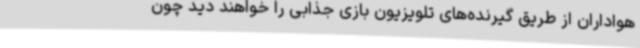
هواداران از طریق گیرنده‌های تلویزیون بازی جذابی را خواهند دید چون